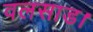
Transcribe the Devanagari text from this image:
वलसाड।